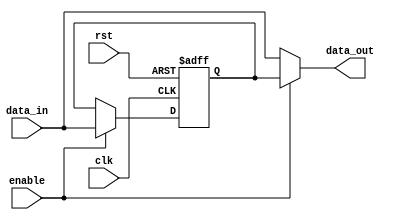
module bypass_register(
    input wire clk,
    input wire rst,
    input wire enable,
    input wire [7:0] data_in,
    output reg [7:0] data_out
);

reg [7:0] reg1, reg2, reg3, reg4, reg5, reg6, reg7, reg8;

always @(posedge clk or posedge rst) begin
    if (rst) begin
        reg1 <= 8'b0;
        reg2 <= 8'b0;
        reg3 <= 8'b0;
        reg4 <= 8'b0;
        reg5 <= 8'b0;
        reg6 <= 8'b0;
        reg7 <= 8'b0;
        reg8 <= 8'b0;
    end else if (enable) begin
        reg1 <= data_in;
        reg2 <= data_in;
        reg3 <= data_in;
        reg4 <= data_in;
        reg5 <= data_in;
        reg6 <= data_in;
        reg7 <= data_in;
        reg8 <= data_in;
    end
end

assign data_out = (enable) ? reg8 : data_in;

endmodule